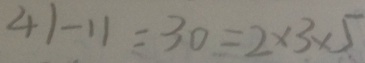
4 1 - 1 1 = 3 0 = 2 \times 3 \times 5